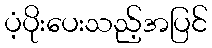
ပံ့ပိုးပေးသည့်အပြင်